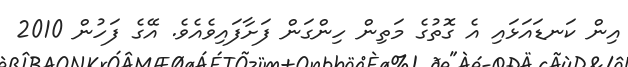
އިން ކަނޑައަޅައި އެ ގޮތުގެ މަތިން ހިންގަން ފަށާފައިވެއެވެ. އޭގެ ފަހުން 2010